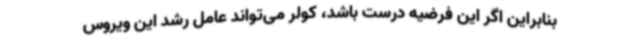
بنابراین اگر این فرضیه درست باشد، کولر می‌تواند عامل رشد این ویروس